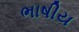
ભાષીય